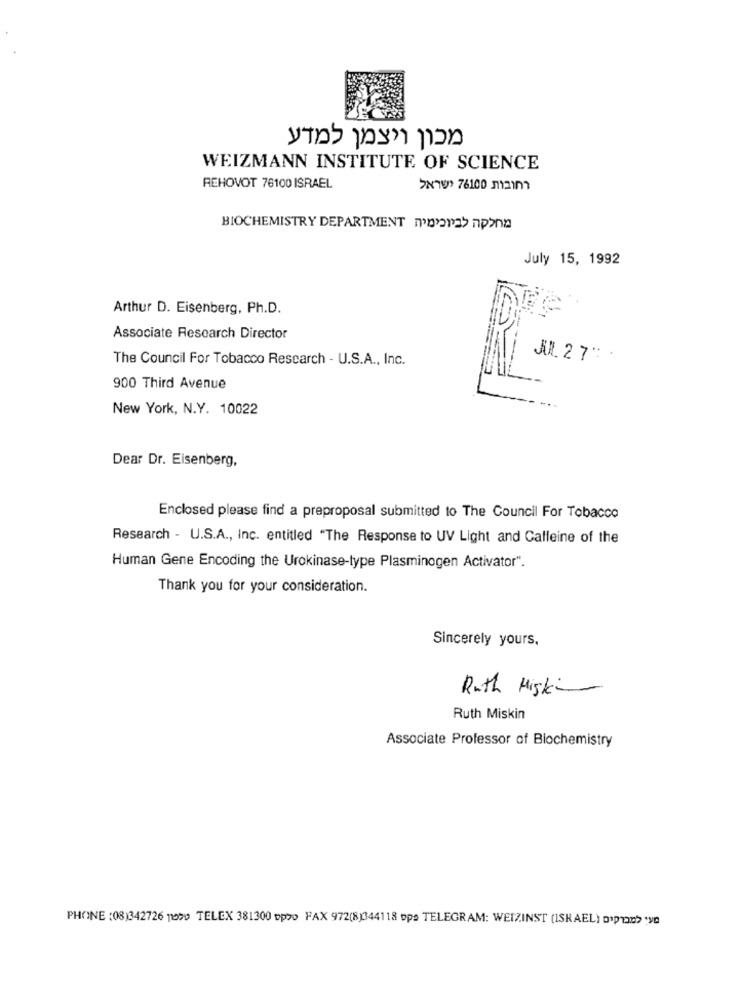
WEIZMANN INSTITUTE OF SCIENCE
REHOVOT 76100 ISRAEL
>7 76100 m2im
BIOCHEMISTRY DEPARTAMENTO
July 15, 1992
Arthur D. Eisenberg, Ph.D.
Associate Research Director
The Council For Tobacco Rescarch - U.S.A ., Inc.
JUL. 2 7" .
900 Third Avenue
New York, N.Y. 10022
Dear Dr. Eisenberg,
Enclosed please find a preproposal submitted to The Council For Tobacco
Research - U.S.A ., Inc. entitled "The Response to UV Light and Calleine of the
Human Gene Encoding the Urokinase-type Plasminogen Activator".
Thank you for your consideration.
Sincerely yours.
Ruth Miskin
Ruth Miskin
Associate Professor of Biochemistry
PHONE :08)342726 1020 TELEX 381300 -p50 FAX 972(8)344118 ops TELEGRAM: WEIZINST (ISRAEL) .> >